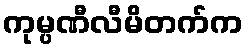
ကုမ္ပဏီလီမိတက်က